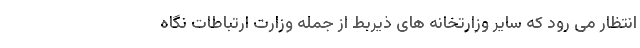
انتظار می رود که سایر وزارتخانه های ذیربط از جمله وزارت ارتباطات نگاه